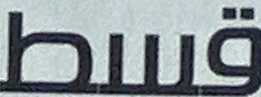
قسط